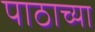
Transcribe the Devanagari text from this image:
पाठाच्या